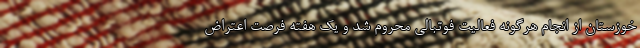
خوزستان از انجام هرگونه فعالیت فوتبالی محروم شد و یک هفته فرصت اعتراض